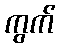
ကွက်